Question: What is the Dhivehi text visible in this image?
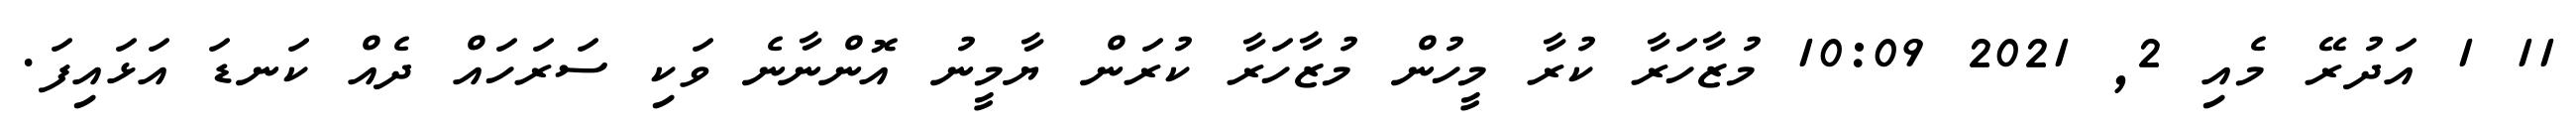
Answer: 11 1 އަދުރޭ މެއި 2, 2021 10:09 މުޒާހަރާ ކުރާ މީހުން މުޒާހަރާ ކުރަން ޔާމީނު އޮންނާނެ ވަކި ސަރަހައް ދެއް ކަނޑަ އަޅައިފަ.